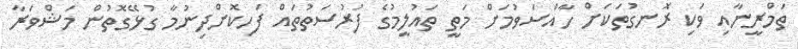
ތަމްރީނާއި ވަކި ރޮނގުތަކަށް ހާއްސަވުމަށް މަތީ ތައުލީމުގެ ފުރުސަތުތައް ފަހިކޮށްދިނުމާ ގުޅޭގޮތުން މަޝްވަރާ